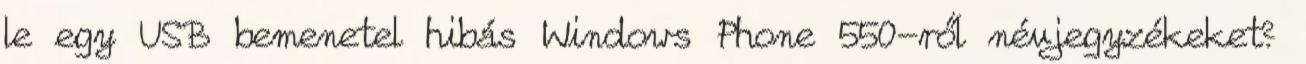
le egy USB bemenetel hibás Windows Phone 550-ről névjegyzékeket?